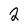
Character: 2